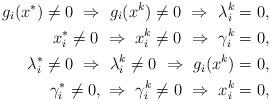
LaTeX: \begin{align*} g_i(x^*)\not=0\ \Rightarrow\ g_i(x^k)\not=0\ \Rightarrow\ \lambda_i^k=0, \\x_i^*\not=0\ \Rightarrow\ x_i^k\not=0\ \Rightarrow\ \gamma_i^k=0,\\\lambda_i^*\not=0\ \Rightarrow\ \lambda_i^k\not=0\ \Rightarrow\ g_i(x^k)=0,\\\gamma_i^*\not=0,\ \Rightarrow\ \gamma_i^k\not=0\ \Rightarrow\ x_i^k=0,\end{align*}